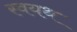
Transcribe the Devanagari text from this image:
स्वयथ